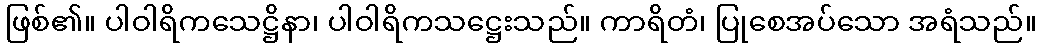
ဖြစ်၏။ ပါဝါရိကသေဋ္ဌိနာ၊ ပါဝါရိကသဋ္ဌေးသည်။ ကာရိတံ၊ ပြုစေအပ်သော အရံသည်။